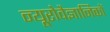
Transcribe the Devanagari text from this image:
न्यूरोवैज्ञानिकों